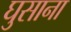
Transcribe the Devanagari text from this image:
घुसाना